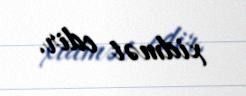
xidmət edir.